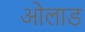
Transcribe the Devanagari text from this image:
ओलाड